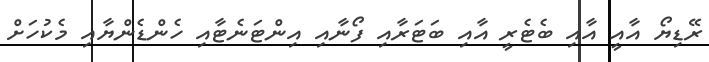
ރޭޑިޔޯ އާއީ އާއި ބެޓެރީ އާއި ބަޓަރާއި ފޯނާއި އިންޓަނެޓާއި ހެންޑެންޔާއި މެކުހަށް